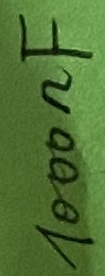
Text: 1000nF